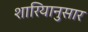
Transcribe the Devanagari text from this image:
शारियानुसार